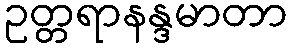
ဥတ္တရာနန္ဒမာတာ